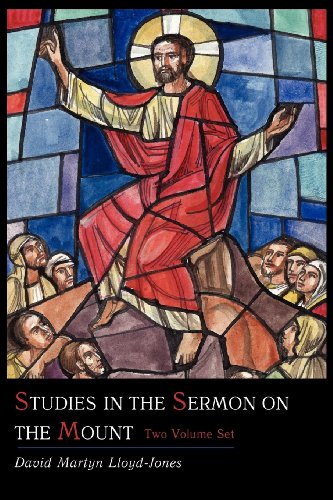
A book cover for Studies in the Sermon on the Mount [Two Volume Set]; David Martyn Lloyd-Jones; Christian Books & Bibles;